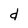
Character: d